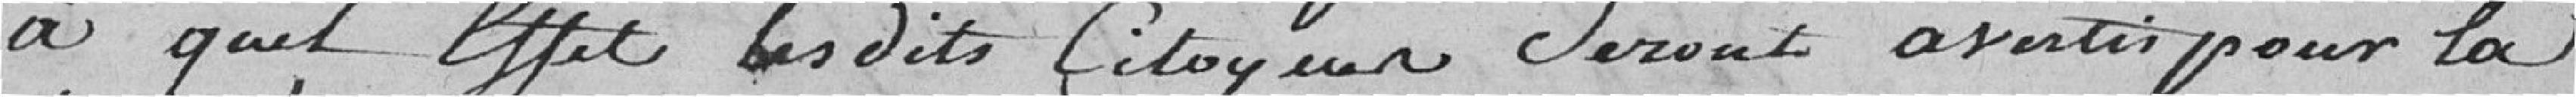
à quel effet lesdits citoyens seront avertis pour la